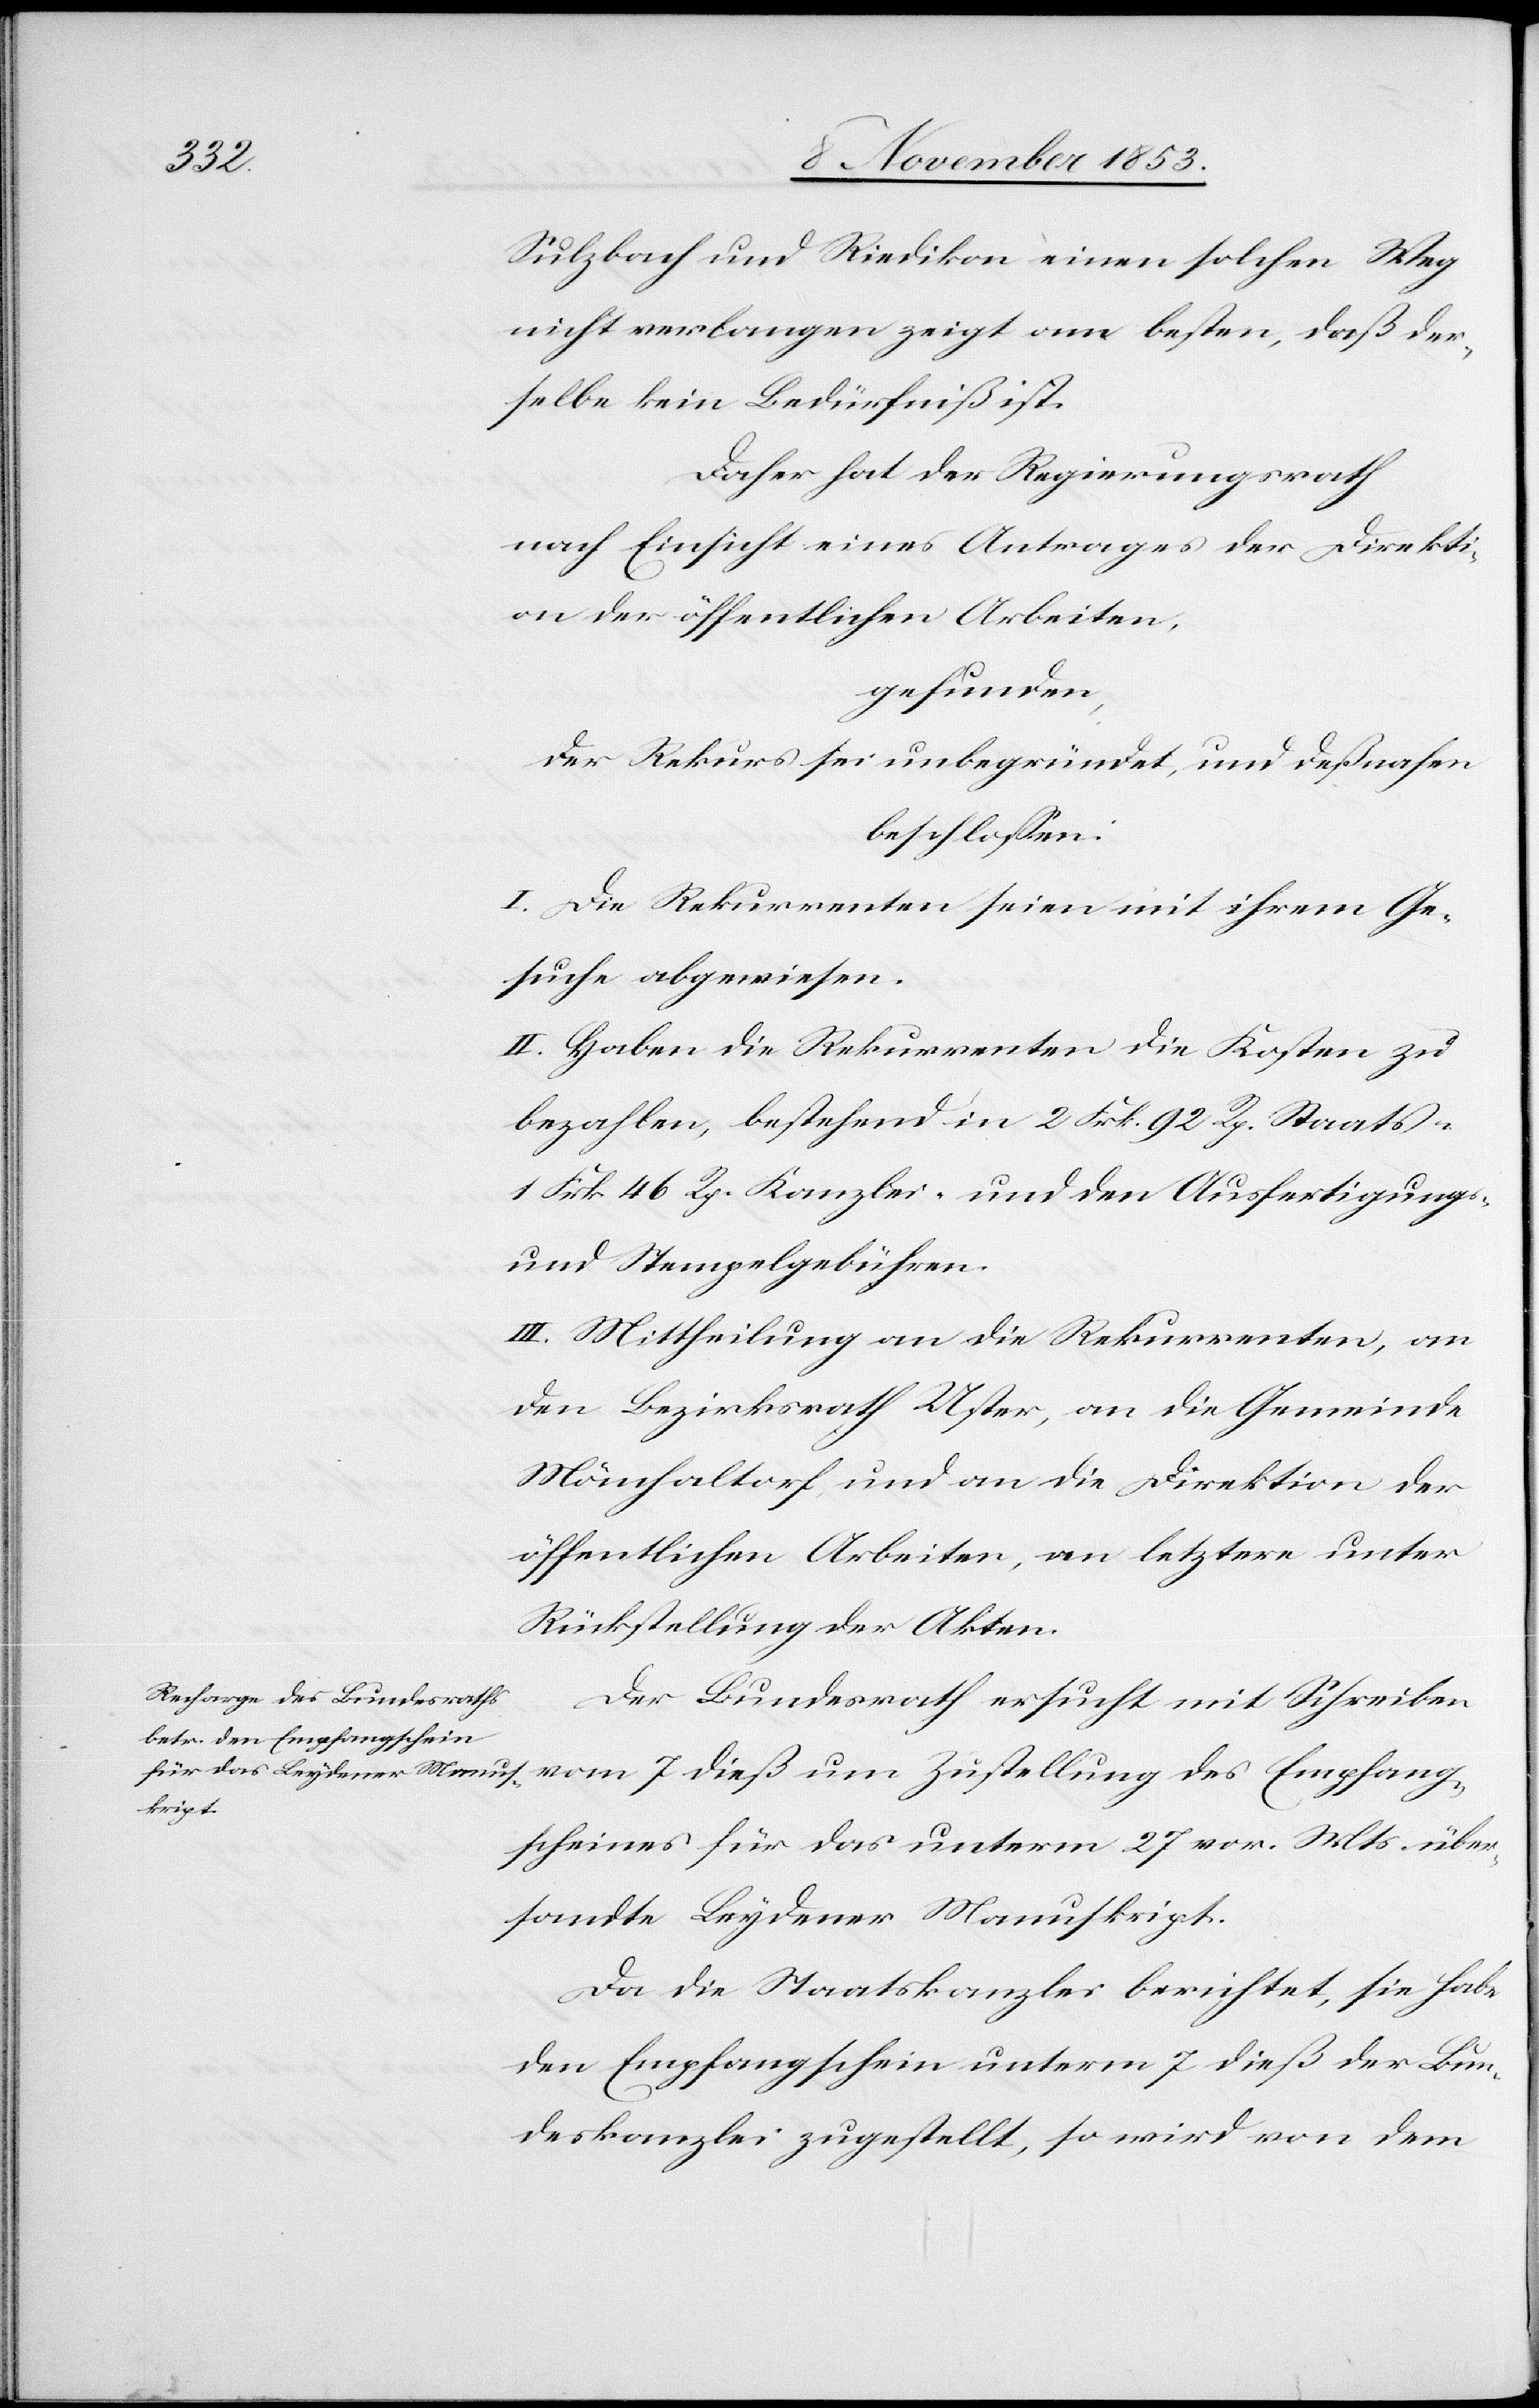
Sulzbach und Riedikon einen solchen Weg
nicht verlangen zeigt am besten, daß der¬
selbe kein Bedürfniß ist.
Daher hat der Regierungsrath
nach Einsicht eines Antrages der Direkti¬
on der öffentlichen Arbeiten.
gefunden,
Der Rekurs sei unbegründet, und deßnahen
beschloßen:
I. Die Rekurrenten seien mit ihrem Ge¬
suche abgewiesen.
II. Haben die Rekurrenten die Kosten zu
bezahlen, bestehend in 2 Frk. 92 Rp. Staats-
1 Frk. 46 Rp. Kanzlei- und den Ausfertigungs-
u. Stempelgebühren.
III. Mittheilung an die Rekurrenten, an
den Bezirksrath Uster ,an die Gemeinde
Mönchaltorf, und an die Direktion der
öffentlichen Arbeiten, an letztere unter
Rückstellung der Akten.
Der Bundesrath ersucht mit Schreiben
vom 7 dieß um Zustellung des Empfangs¬
scheines für das unterm 27 v. Mts. über¬
sandte Leydener Manuskript.
Da die Staatskanzlei berichtet, sie habe
den Empfangsschein unterm 7 dieß der Bun¬
deskanzlei zugestellt, so wird von dem